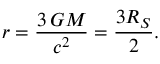
r = { \frac { 3 \, G M } { c ^ { 2 } } } = { \frac { 3 R _ { S } } { 2 } } .